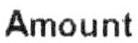
AMOUNT